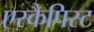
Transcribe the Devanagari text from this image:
एस्कैपिस्ट